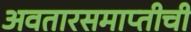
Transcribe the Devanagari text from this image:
अवतारसमाप्तीची